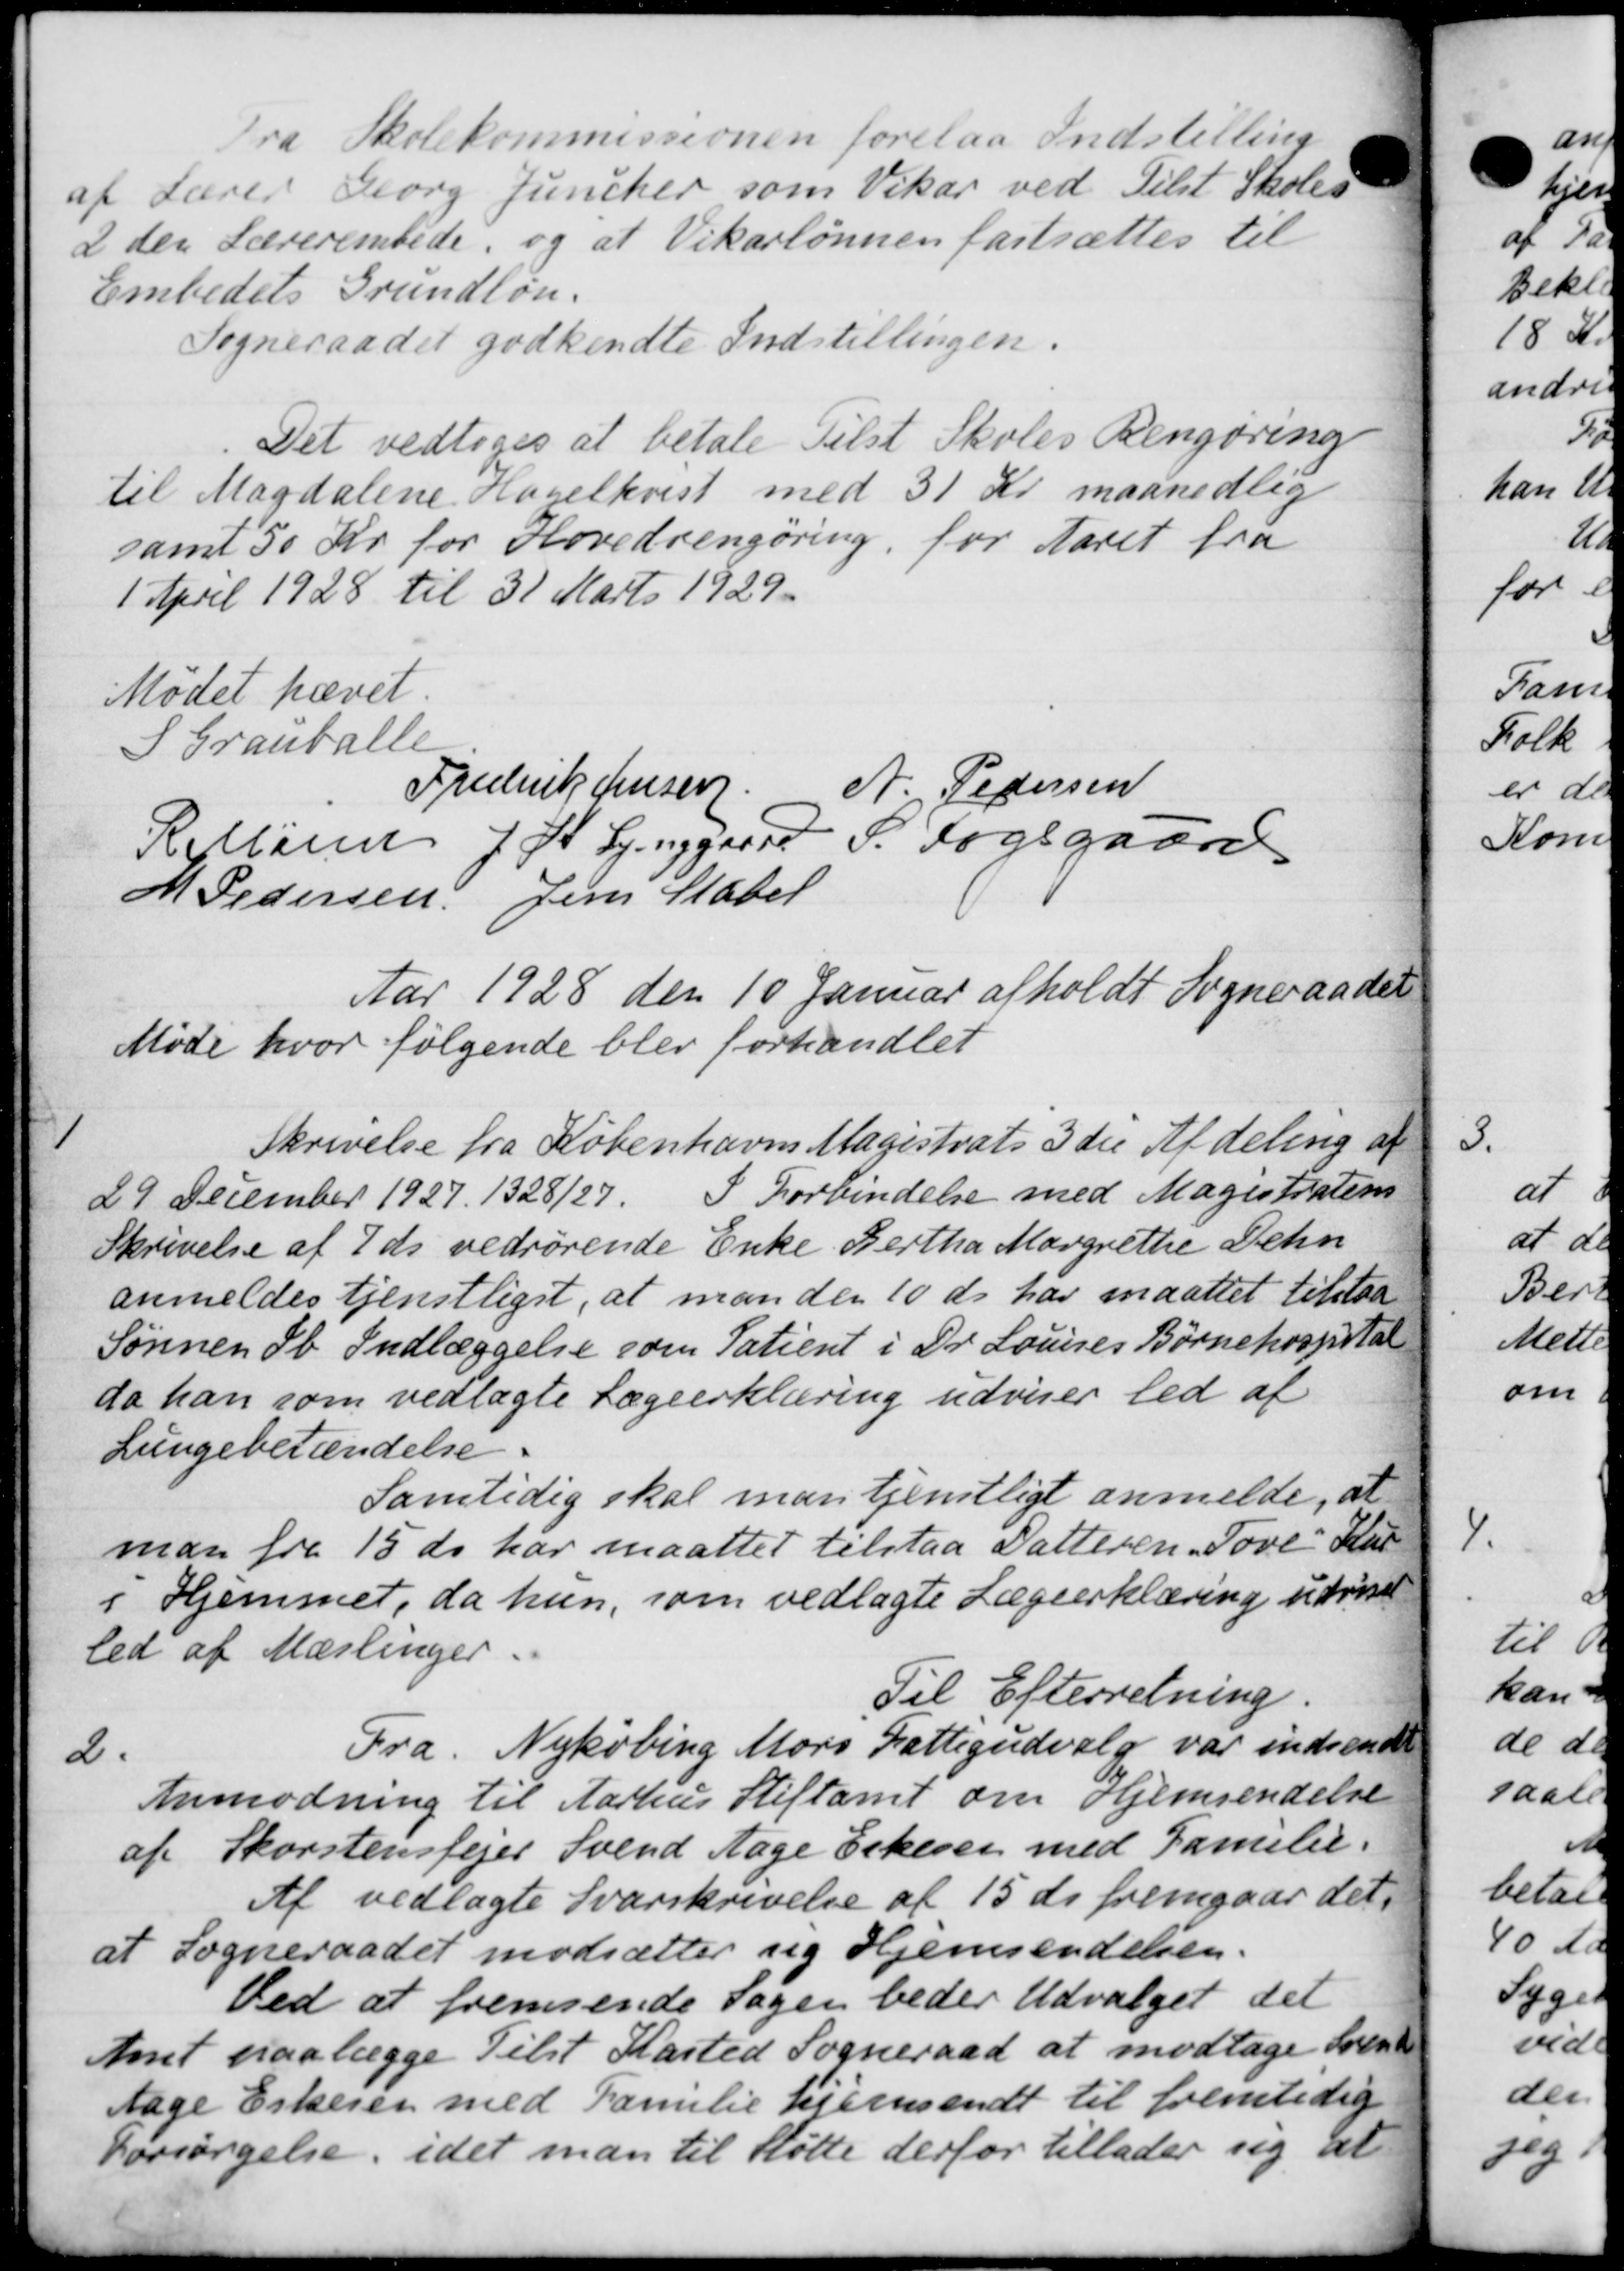
Transskription:
Fra Skolekommissionen forelaa Indstilling
af Lærer Georg Juncher som Vikar ved Tilst Skoles
2 den Lærerembede, og at Vikarlønnen fastsættes til
Embedets Grundløn.
Sogneraadet godkendte Indstillingen.
Det vedtoges at betale Tilst Skoles Rengøring
til Magdalene Hagelkvist med 31 Kr. maanedlig
samt 50 Kr for Hovedrengøring, for Aaret fra
1 April 1928 til 31 Marts 1929.
Mødet hævet
S Grauballe
Frederik Jensen
A. Pedersen
Rellund J. H. Lynggaard P. Fogsgaard
M Pedersen Jens Stater
Aar 1928 den 10 Januar afholdt Sogneraadet
Møde hvor følgende blev forhandlet
1
Skrivelse fra Københavns Magistrats 3de Afdeling af
29 December 1927. 1328/27. I Forbindelse med Magistraten
Skrivelse af 7 ds vedrørende Enke Bertha Margrethe Dehn
anmeldes tjenstligst, at man den 10 ds. har maattet tilstaa
Sønnen øb Indlæggelse som Patient i Dr. Louises Børnehospital
da han som vedlagte Lægeerklæring udviser led af
Lungebetændelse.
Samtidig skal man tjenstligt anmelde, at
man fra 15 ds har maattet tilstaa Datteren, Tove Kul
i Hjemmet, da hun, som vedlagte Lægeerklæring udviset
led af Mæslinger
Til Efterretning.
2.
Fra. Nykøbing Mors Fattigudvalg var indsendt
Anmodning til Aarhus Stiftamt om Hjemsendelse
af Skorstensfejer Svend Aage Erkerer med Familie.
Af vedlagte Svarskrivelse af 15 ds fremgaar det
at Sogneraadet modsætter sig Hjemsendelsen.
Ved at fremsende sagen beder Udvalget det
Amt paalægge Tilst Kasted Sogneraad at modtage Svend
tage Eskeren med Familie hjemsendt til fremtidig
Forsørgelse, idet man til støtte derfor tillader sig at